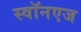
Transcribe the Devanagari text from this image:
स्वॉनएज